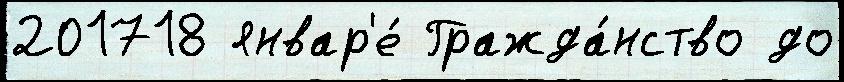
201718 январ'е́ Гражда́нство до